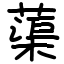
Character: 蕖